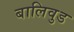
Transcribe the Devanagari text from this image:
बालिवुड